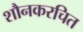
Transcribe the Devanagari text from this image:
शौनकरचित